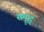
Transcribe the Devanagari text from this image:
समॄद्ध्